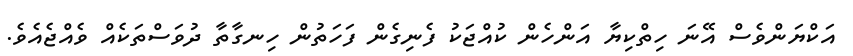
އަކްޔަންވެސް އޭނަ ހިތްކިޔާ އަންހެން ކުއްޖަކު ފެނިގެން ފަހަތުން ހިނގާތާ ދުވަސްތަކެއް ވެއްޖެއެވެ.